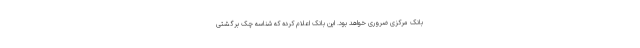
بانک مرکزی ضروری خواهد بود. این بانک اعلام کرده که شناسه چک برگشتی